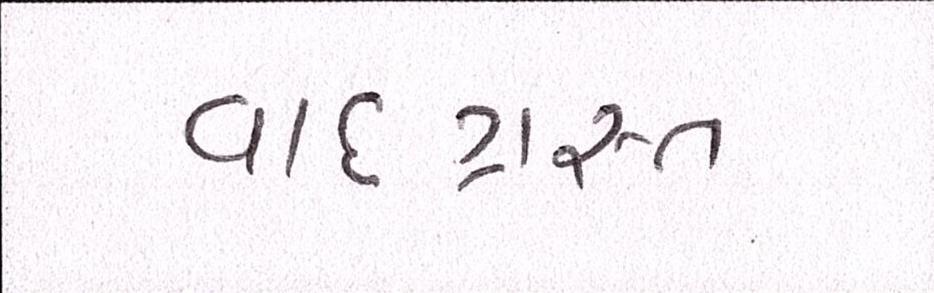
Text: વાદગ્રસ્ત